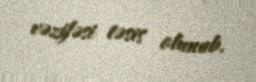
vəzifəsi təsis olunub.